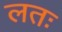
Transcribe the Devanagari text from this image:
लतः